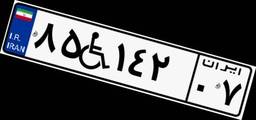
۸۵W۱۴۲۰۷